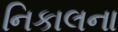
નિકાલના